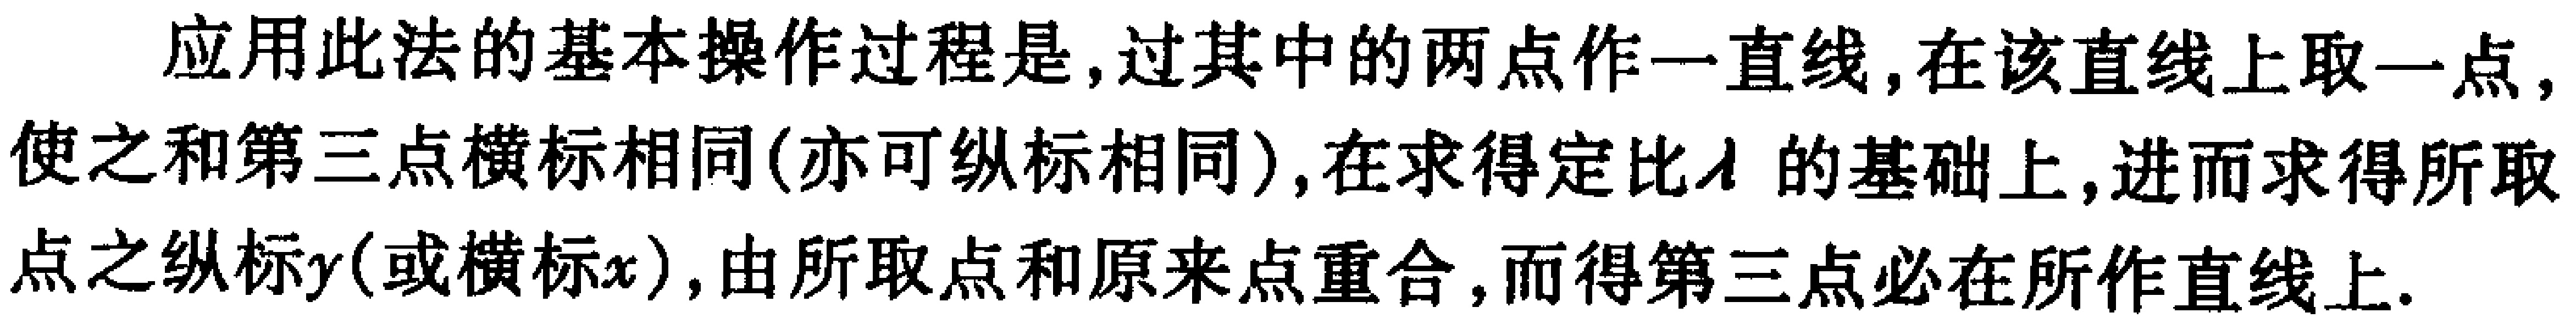
应用此法的基本操作过程是，过其中的两点作一直线，在该直线上取一点，使之和第三点横标相同(亦可纵标相同)，在求得定比\(\lambda\)的基础上，进而求得所取点之纵标\(y\)(或横标\(x\))，由所取点和原来点重合，而得第三点必在所作直线上.